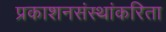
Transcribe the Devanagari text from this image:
प्रकाशनसंस्थांकरिता